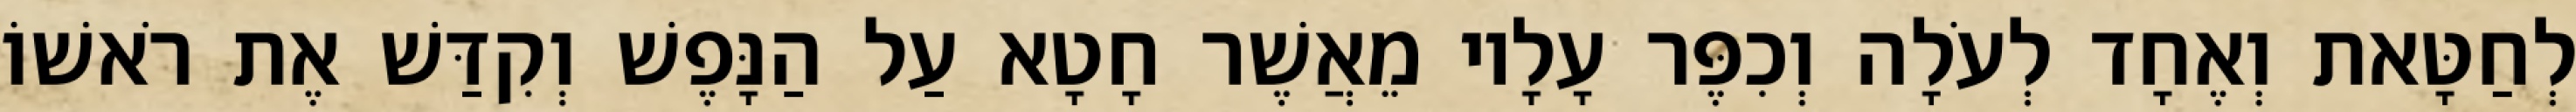
לְחַטָּאת וְאֶחָד לְעֹלָה וְכִפֶּר עָלָיו מֵאֲשֶׁר חָטָא עַל הַנָּפֶשׁ וְקִדַּשׁ אֶת רֹאשׁוֹ